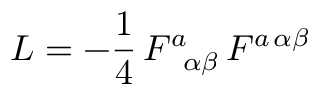
{ \cal L } = - { \frac { 1 } { 4 } } \, F _ { \, \ \alpha \beta } ^ { a } \, F ^ { a \, \alpha \beta }